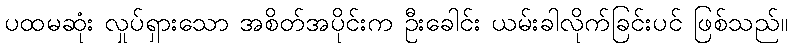
ပထမဆုံး လှုပ်ရှားသော အစိတ်အပိုင်းက ဦးခေါင်း ယမ်းခါလိုက်ခြင်းပင် ဖြစ်သည်။